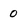
Character: 0